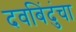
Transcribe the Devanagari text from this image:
दवबिंदुंचा